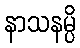
နာသနမ္ပိ